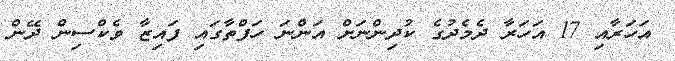
އަހަރާއި 17 އަހަރާ ދެމެދުގެ ކުދިންނަށް އަންނަ ހަފްތާގައި ފައިޒާ ވެކްސިން ދޭން